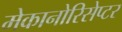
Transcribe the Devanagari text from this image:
मेकानोरिसेप्टर